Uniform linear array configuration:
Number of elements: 8
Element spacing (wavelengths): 0.25
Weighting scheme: cosine
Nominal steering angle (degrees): -15
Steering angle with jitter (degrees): -14.479
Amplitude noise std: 0.05
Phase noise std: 0.05

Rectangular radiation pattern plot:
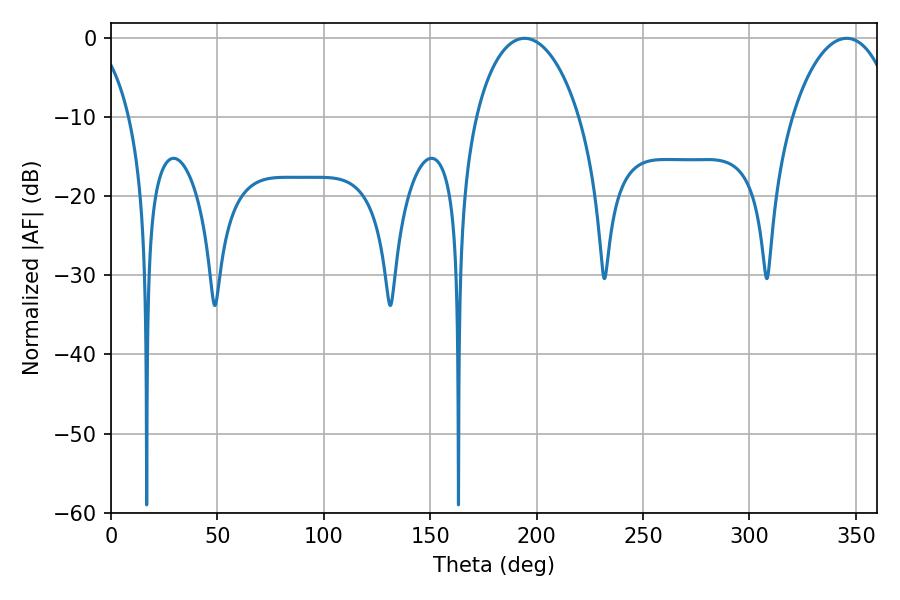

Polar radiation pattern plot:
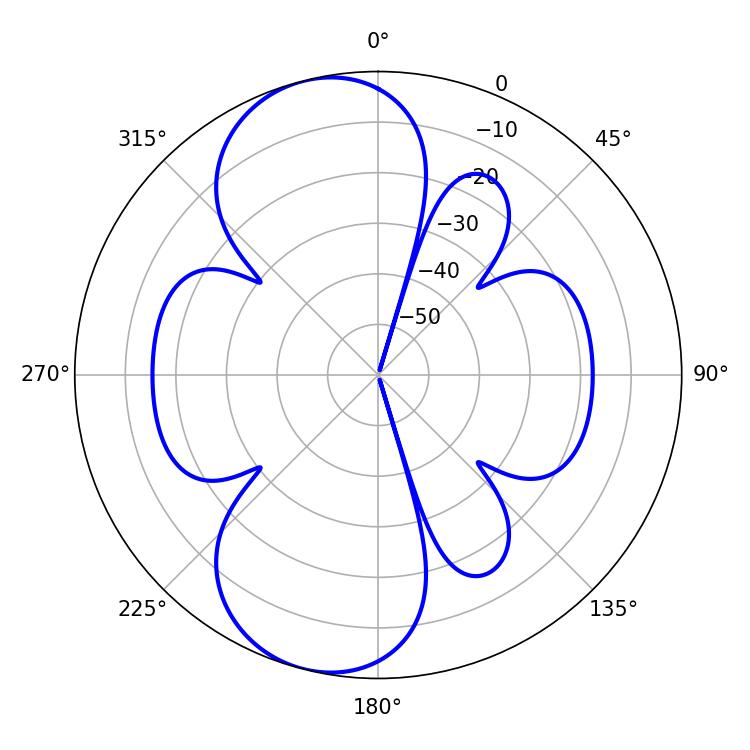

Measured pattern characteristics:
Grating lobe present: FALSE
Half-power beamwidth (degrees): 27.72
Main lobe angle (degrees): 194.4